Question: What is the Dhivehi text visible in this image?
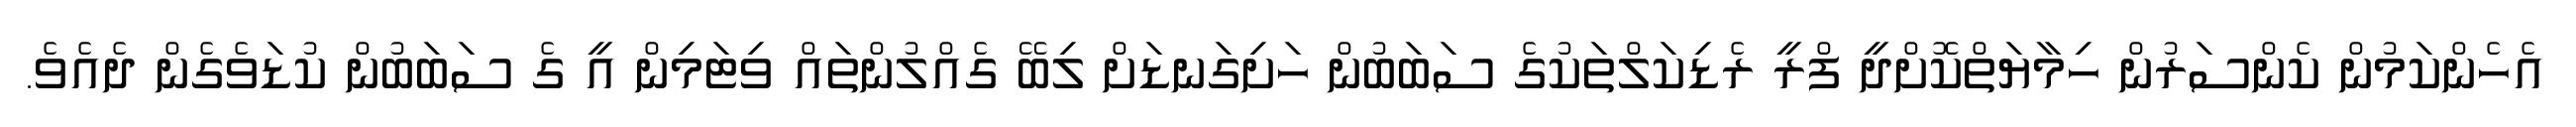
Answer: އެހެންކަމުން ކެންސަރުން ހިމާޔަތްކޮށްދީ ފްރީ ރެޑިކަލްތަކުގެ ސަބަބުން ހަށިގަނޑަށް ލިބޭ ގެއްލުންތައް ވިޓަމިން އީ ގެ ސަބަބުން ކުޑަވެގެން ދެއެވެ.